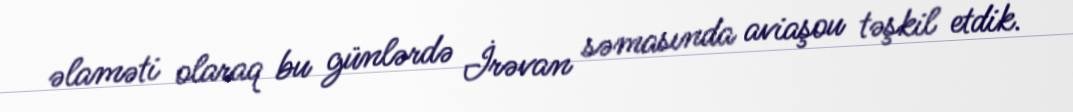
əlaməti olaraq bu günlərdə İrəvan səmasında aviaşou təşkil etdik.